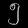
Digit: ၅